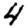
Digit: 4